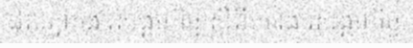
ដល់ភ្នាក់ងារសង្គមកិច្ច ស្តីពី ការងារសង្គមកិច្ច